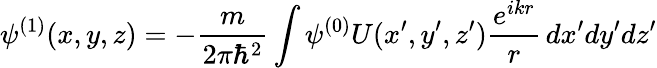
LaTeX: \psi^{(1)}(x,y,z)=-{\frac{m}{2\pi\hbar^{2}}}\int\psi^{(0)}U(x^{\prime},y^{\prime},z^{\prime}){\frac{e^{ikr}}{r}}\, dx^{\prime}dy^{\prime}dz^{\prime}